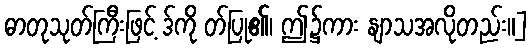
ဓာတုသုတ်ကြီးဖြင့် ဒ်ကို တ်ပြု၏၊ ဤ၌ကား နျာသအလိုတည်း။]